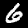
Label: 6